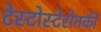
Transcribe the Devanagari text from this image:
टेस्टोस्टेरोनकी